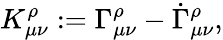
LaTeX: K_{\mu\nu}^{\rho}:=\Gamma_{\mu\nu}^{\rho}-\dot{\Gamma}_{\mu\nu}^{\rho},